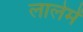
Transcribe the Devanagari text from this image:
लालेमें